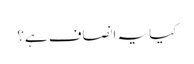
کیا یہ انصاف ہے؟